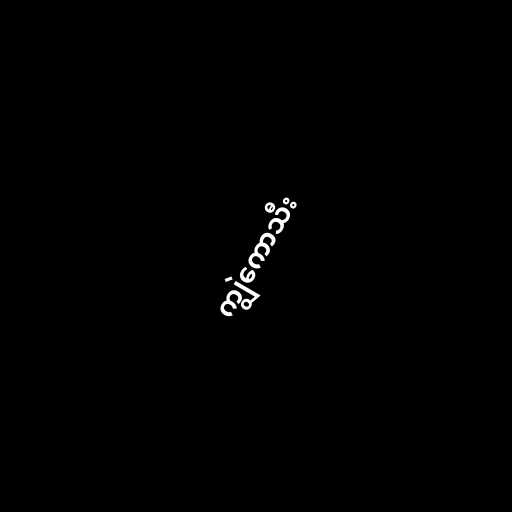
ကျွဲကောသီး